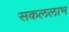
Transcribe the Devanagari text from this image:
सकललाभ